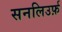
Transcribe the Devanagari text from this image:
सनलिउर्फ़